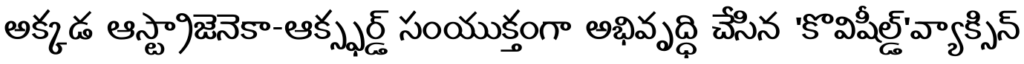
అక్కడ ఆస్ట్రాజెనెకా-ఆక్స్ఫర్డ్ సంయుక్తంగా అభివృద్ధి చేసిన 'కొవిషీల్డ్'వ్యాక్సిన్